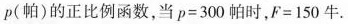
p(帕)的正比例函数，当$$p = 3 0 0$$帕时，$$F = 1 5 0$$牛.